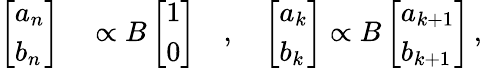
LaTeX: \begin{array}{rl}{\left[\begin{array}{l}{a_{n}}\\ {b_{n}}\end{array}\right]}&{{}\propto B\left[\begin{array}{l}{1}\\ {0}\end{array}\right]\quad,\quad\left[\begin{array}{l}{a_{k}}\\ {b_{k}}\end{array}\right]\propto B\left[\begin{array}{l}{a_{k+1}}\\ {b_{k+1}}\end{array}\right]\, ,}\end{array}